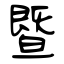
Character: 暨